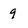
Character: 9